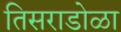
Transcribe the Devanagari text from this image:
तिसराडोळा